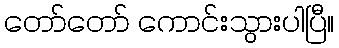
တော်တော် ကောင်းသွားပါပြီ။